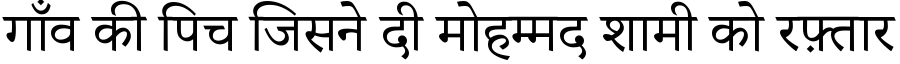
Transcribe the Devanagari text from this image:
गाँव की पिच जिसने दी मोहम्मद शामी को रफ़्तार